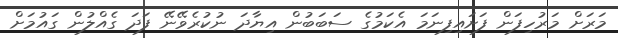
މަރަށް މަރުހިފަން ފަށައިފިނަމަ އެކަމުގެ ސަބަބުން އިޔާދަ ނުކުރެވޭނޭ ފަދަ ގެއްލުން ގައުމަށް